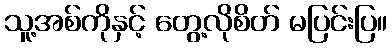
သူ့အစ်ကိုနှင့် တွေ့လိုစိတ် မပြင်းပြ။